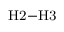
_ \mathrm { H 2 - H 3 }